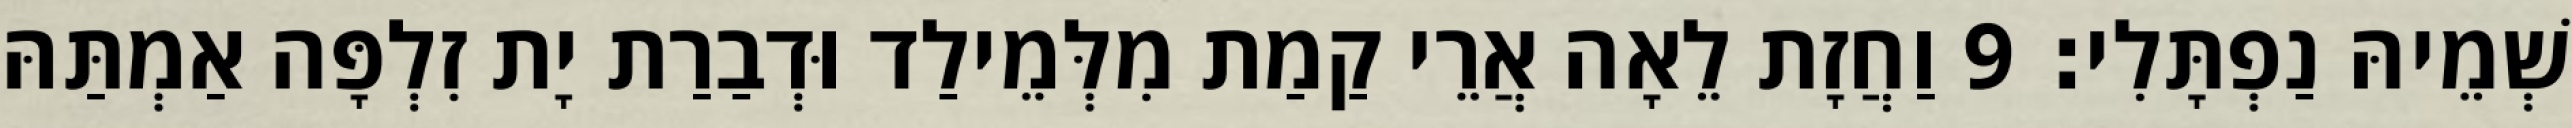
שְׁמֵיהּ נַפְתָּלִי׃ 9 וַחֲזָת לֵאָה אֲרֵי קַמַת מִלְּמֵילַד וּדְבַרַת יָת זִלְפָּה אַמְתַּהּ